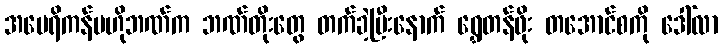
အမေရိကန်ဗဟိုဘဏ်က ဘဏ်တိုးတွေ တက်ခဲ့ပြီးနောက် ရွှေတန်ဖိုး တအောင်စကို ဒေါ်လာ